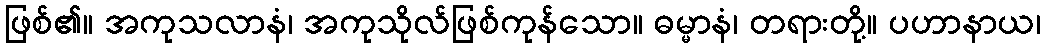
ဖြစ်၏။ အကုသလာနံ၊ အကုသိုလ်ဖြစ်ကုန်သော။ ဓမ္မာနံ၊ တရားတို့။ ပဟာနာယ၊